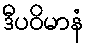
ဒီပဝိမာနံ